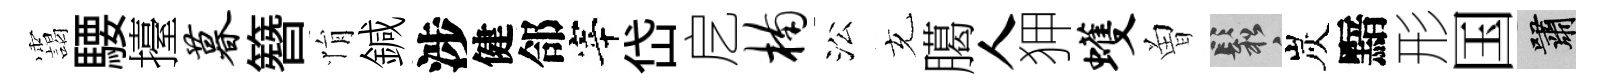
靄騕擡暮簪悁鍼涉健郃宰岱戹楠㳂充臈人狎蠖曽鬆炭黯形国嘯